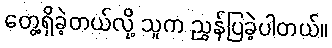
တွေ့ရှိခဲ့တယ်လို့ သူက ညွှန်ပြခဲ့ပါတယ်။